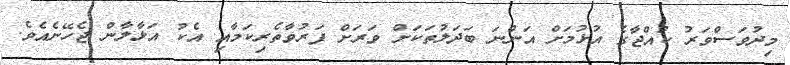
މިދުވަސްވަރު ކުއްޖާގެ އުޅުމަށް އަންނަ ބަދަލުތަކަށް ވަރަށް ފަރުވާތެރިކަމާއި އެކު އަޅާލާން ޖެހޭނެއެވެ.